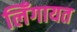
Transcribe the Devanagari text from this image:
लिँगायत